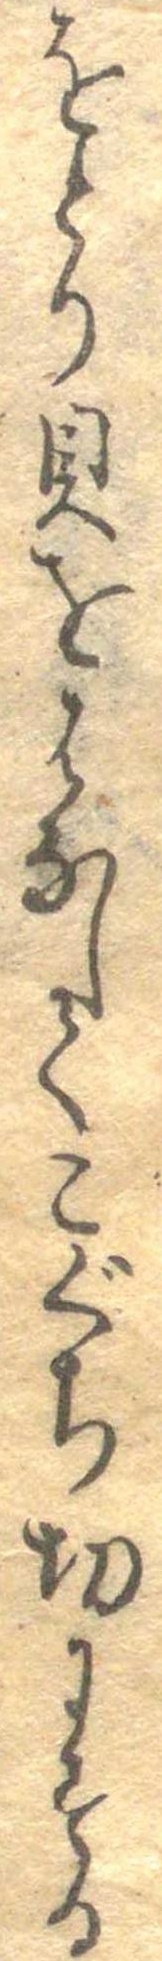
をとり貝をはなしてこぐち切にする